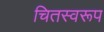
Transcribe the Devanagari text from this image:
चितस्वरूप